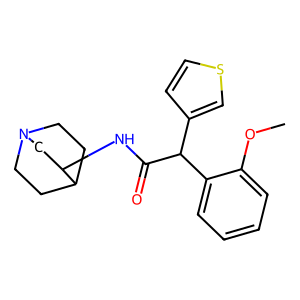
SMILES: COc1ccccc1C(C(=O)NC1CN2CCC1CC2)c1ccsc1
Inhibits HIV replication: No